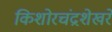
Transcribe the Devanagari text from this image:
किशोरचंद्रशेखरे